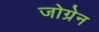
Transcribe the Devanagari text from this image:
जोग्रेन